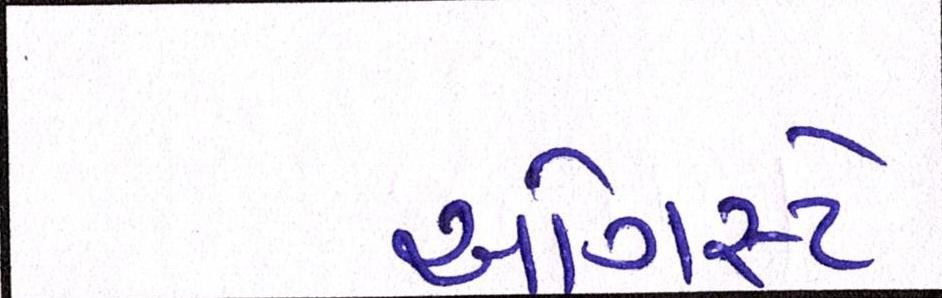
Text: ઓગસ્ટે